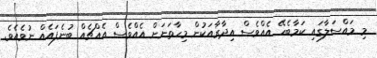
މި މައްސަލާގައި ކަމާބެހޭ އެއްވެސް އިދާރާއަކުން މިހާތަނަށް އެއްވެސް އެއްޗެއް ބުނެފައެއް ނުވެއެވެ.